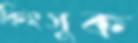
কিংসুক